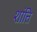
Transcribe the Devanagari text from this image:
शांत्ति